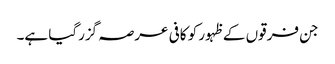
جن فرقوں کے ظہور کو کافی عرصہ گزرگیا ہے۔